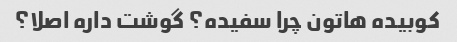
کوبیده هاتون چرا سفیده؟ گوشت داره اصلا؟